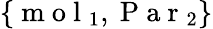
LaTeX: \{ \mathrm{~m~o~l~}_{1},\mathrm{~P~a~r~}_{2}\}